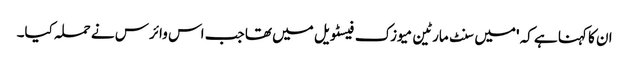
ان کا کہنا ہے کہ 'میں سنٹ مارٹین میوزک فیسٹویل میں تھا جب اس وائرس نے حملہ کیا۔